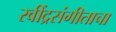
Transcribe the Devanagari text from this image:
रवींद्रसंगीताचा